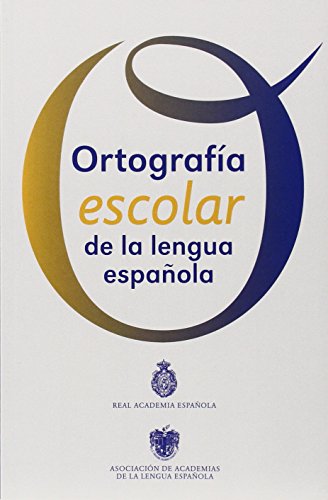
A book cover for OrtografÃ­a escolar de la lengua espaÃ±ola (Spanish Edition); Real Academia de la Lengua EspaÃ±ola; Reference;